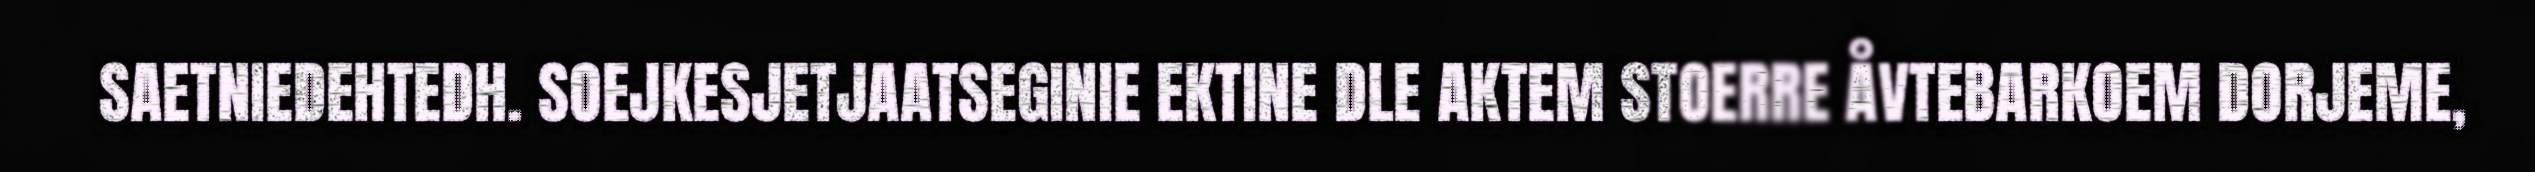
SAETNIEDEHTEDH. SOEJKESJETJAATSEGINIE EKTINE DLE AKTEM STOERRE ÅVTEBARKOEM DORJEME,